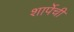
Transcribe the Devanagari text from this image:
शार्पेची